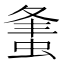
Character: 𧋴